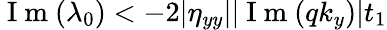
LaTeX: \mathrm{~I~m~}(\lambda_{0})<-2|\eta_{yy}||\mathrm{~I~m~}(qk_{y})|t_{1}